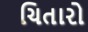
ચિતારો